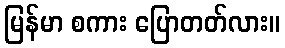
မြန်မာ စကား ပြောတတ်လား။